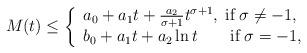
LaTeX: \begin{align*}M(t)\leq\left\{ \begin{array}{lr} a_0+a_1t+\frac{a_2}{\sigma+1} t^{\sigma+1},\; \mbox{if}\; \sigma\ne -1,\\ b_0+ a_1 t+a_2 \ln t\quad\quad\mbox{if}\; \sigma=-1, \end{array} \right.\end{align*}